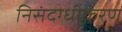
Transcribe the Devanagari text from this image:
निसंदग्धीकरण